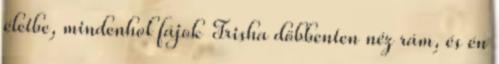
életbe, mindenhol fájok Trisha döbbenten néz rám, és én